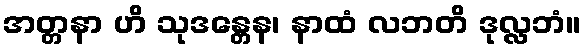
အတ္တနာ ဟိ သုဒန္တေန၊ နာထံ လဘတိ ဒုလ္လဘံ။